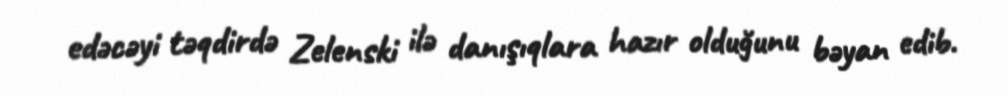
edəcəyi təqdirdə Zelenski ilə danışıqlara hazır olduğunu bəyan edib.